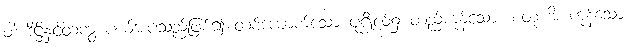
ဝါ၊ ဒိဋ္ဌိနှင့်တကွ ပယ်အပ်သည်ဖြစ်၍ တစ်ယောက်သော ပုဂ္ဂိုလ်၌ တည်ကုန်သော။ စတူဟိ၊ ကုန်သော။